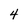
Character: 4